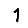
Digit: 1